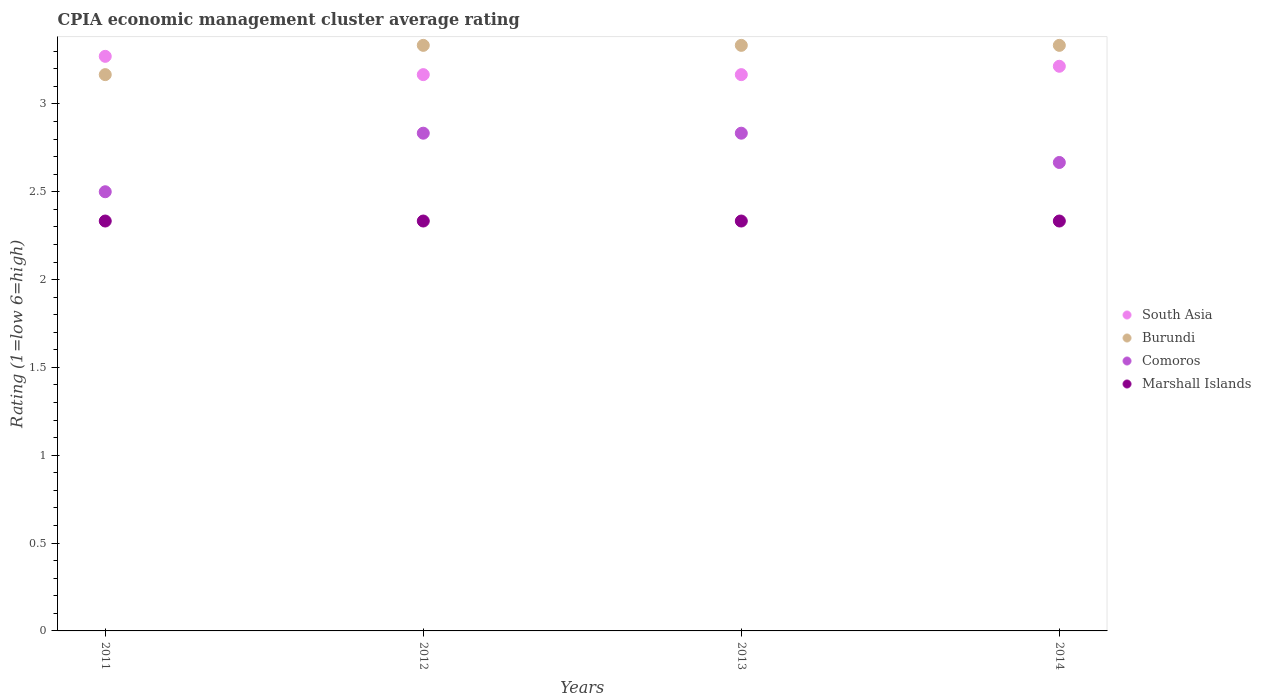
| Years | South Asia | Burundi | Comoros | Marshall Islands |
 | --- | --- | --- | --- | --- |
 | 2011 | 3.27 | 3.17 | 2.5 | 2.33 |
 | 2012 | 3.17 | 3.33 | 2.83 | 2.33 |
 | 2013 | 3.17 | 3.33 | 2.83 | 2.33 |
 | 2014 | 3.21 | 3.33 | 2.67 | 2.33 |